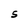
Character: S